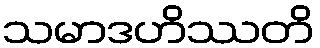
သမာဒဟိဿတိ